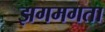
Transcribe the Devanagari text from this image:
झगमगता